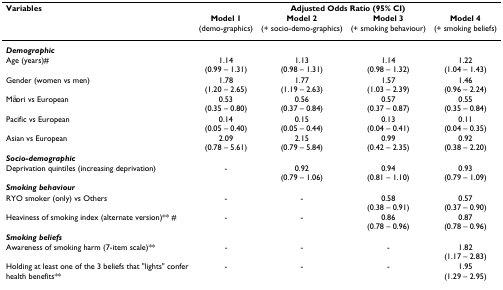
| Variables | <COLSPAN=4> Adjusted Odds Ratio (95% CI) |
 |  | Model 1(demo-graphics) | Model 2(+ socio-demo-graphics) | Model 3(+ smoking behaviour) | Model 4(+ smoking beliefs) |
 | --- | --- | --- | --- | --- |
 | Demographic |  |  |  |  |
 | Age (years)# | 1.14(0.99 – 1.31) | 1.13(0.98 – 1.31) | 1.14(0.98 – 1.32) | 1.22(1.04 – 1.43) |
 | Gender (women vs men) | 1.78(1.20 – 2.65) | 1.77(1.19 – 2.63) | 1.57(1.03 – 2.39) | 1.46(0.96 – 2.24) |
 | Māori vs European | 0.53(0.35 – 0.80) | 0.56(0.37 – 0.84) | 0.57(0.37 – 0.87) | 0.55(0.35 – 0.84) |
 | Pacific vs European | 0.14(0.05 – 0.40) | 0.15(0.05 – 0.44) | 0.13(0.04 – 0.41) | 0.11(0.04 – 0.35) |
 | Asian vs European | 2.09(0.78 – 5.61) | 2.15(0.79 – 5.84) | 0.99(0.42 – 2.35) | 0.92(0.38 – 2.20) |
 | Socio-demographic |  |  |  |  |
 | Deprivation quintiles (increasing deprivation) | - | 0.92(0.79 – 1.06) | 0.94(0.81 – 1.10) | 0.93(0.79 – 1.09) |
 | Smoking behaviour |  |  |  |  |
 | RYO smoker (only) vs Others | - | - | 0.58(0.38 – 0.91) | 0.57(0.37 – 0.90) |
 | Heaviness of smoking index (alternate version)** # | - | - | 0.86(0.78 – 0.96) | 0.87(0.78 – 0.96) |
 | Smoking beliefs |  |  |  |  |
 | Awareness of smoking harm (7-item scale)** | - | - | - | 1.82(1.17 – 2.83) |
 | Holding at least one of the 3 beliefs that "lights" confer health benefits** | - | - | - | 1.95(1.29 – 2.95) |